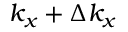
k _ { x } + \Delta k _ { x }